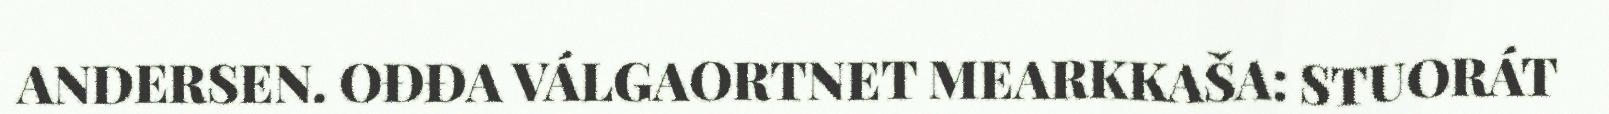
ANDERSEN. OĐĐA VÁLGAORTNET MEARKKAŠA: STUORÁT